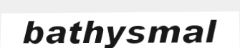
bathysmal